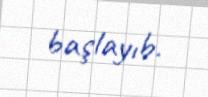
başlayıb.